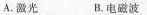
A.激光 B.电磁波